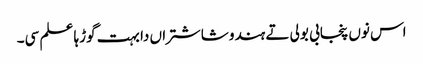
اس نوں پنجابی بولی تے ہندو شاشتراں دا بہت گوڑہا علم سی۔